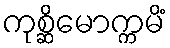
ကုစ္ဆိမောက္ကမိံ